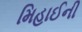
મિહાઈની